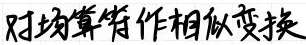
对均算符作相似变换